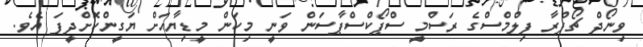
ވިނޯދް ޗޯޕްރާ ފިލްމްސްގެ ރަސްމީ ސްޕޯކްސްޕާސަން ވަނީ މިކަން މީޑިޔާއަށް ޔަގީންކޮށްދީފަ އެވެ.